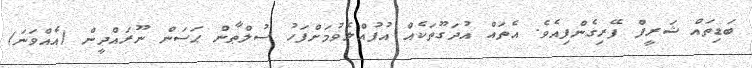
ބަޑިތައް ޝަރީފް ފޭރިގެންފިއެވެ. އެތައް އުދަގޫތަކެއް އުފުއްލެވުމަށްފަހު ސުލްޠާން ޙަސަން ނޫރައްދީން (އެއްވަނަ)